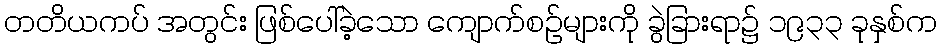
တတိယကပ် အတွင်း ဖြစ်ပေါ်ခဲ့သော ကျောက်စဉ်များကို ခွဲခြားရာ၌ ၁၉၃၃ ခုနှစ်က